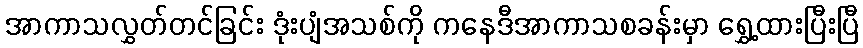
အာကာသလွှတ်တင်ခြင်း ဒုံးပျံအသစ်ကို ကနေဒီအာကာသစခန်းမှာ ရွှေ့ထားပြီးပြီ